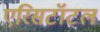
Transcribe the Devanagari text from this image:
एरिसटॉटल